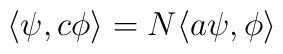
\langle \psi, c\phi\rangle =  N\langle a\psi,\phi\rangle